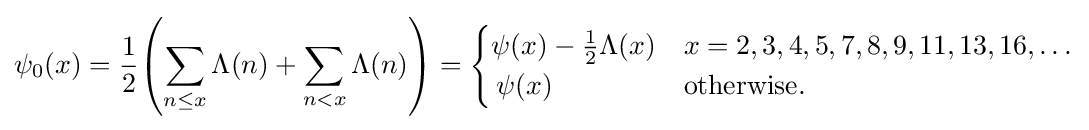
\psi _{0}(x)={\frac {1}{2}}\!\left(\sum _{n\leq x}\Lambda (n)+\sum _{n<x}\Lambda (n)\right)={\begin{cases}\psi (x)-{\tfrac {1}{2}}\Lambda (x)&x=2,3,4,5,7,8,9,11,13,16,\dots \\\,\psi (x)&{\mbox{otherwise.}}\end{cases}}